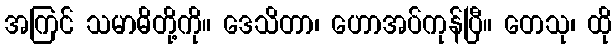
အကြင် သမာဓိတို့ကို။ ဒေသိတာ၊ ဟောအပ်ကုန်ပြီ။ တေသု၊ ထို